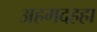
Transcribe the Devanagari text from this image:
अहमदहहा